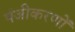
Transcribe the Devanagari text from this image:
पंजीकरणों